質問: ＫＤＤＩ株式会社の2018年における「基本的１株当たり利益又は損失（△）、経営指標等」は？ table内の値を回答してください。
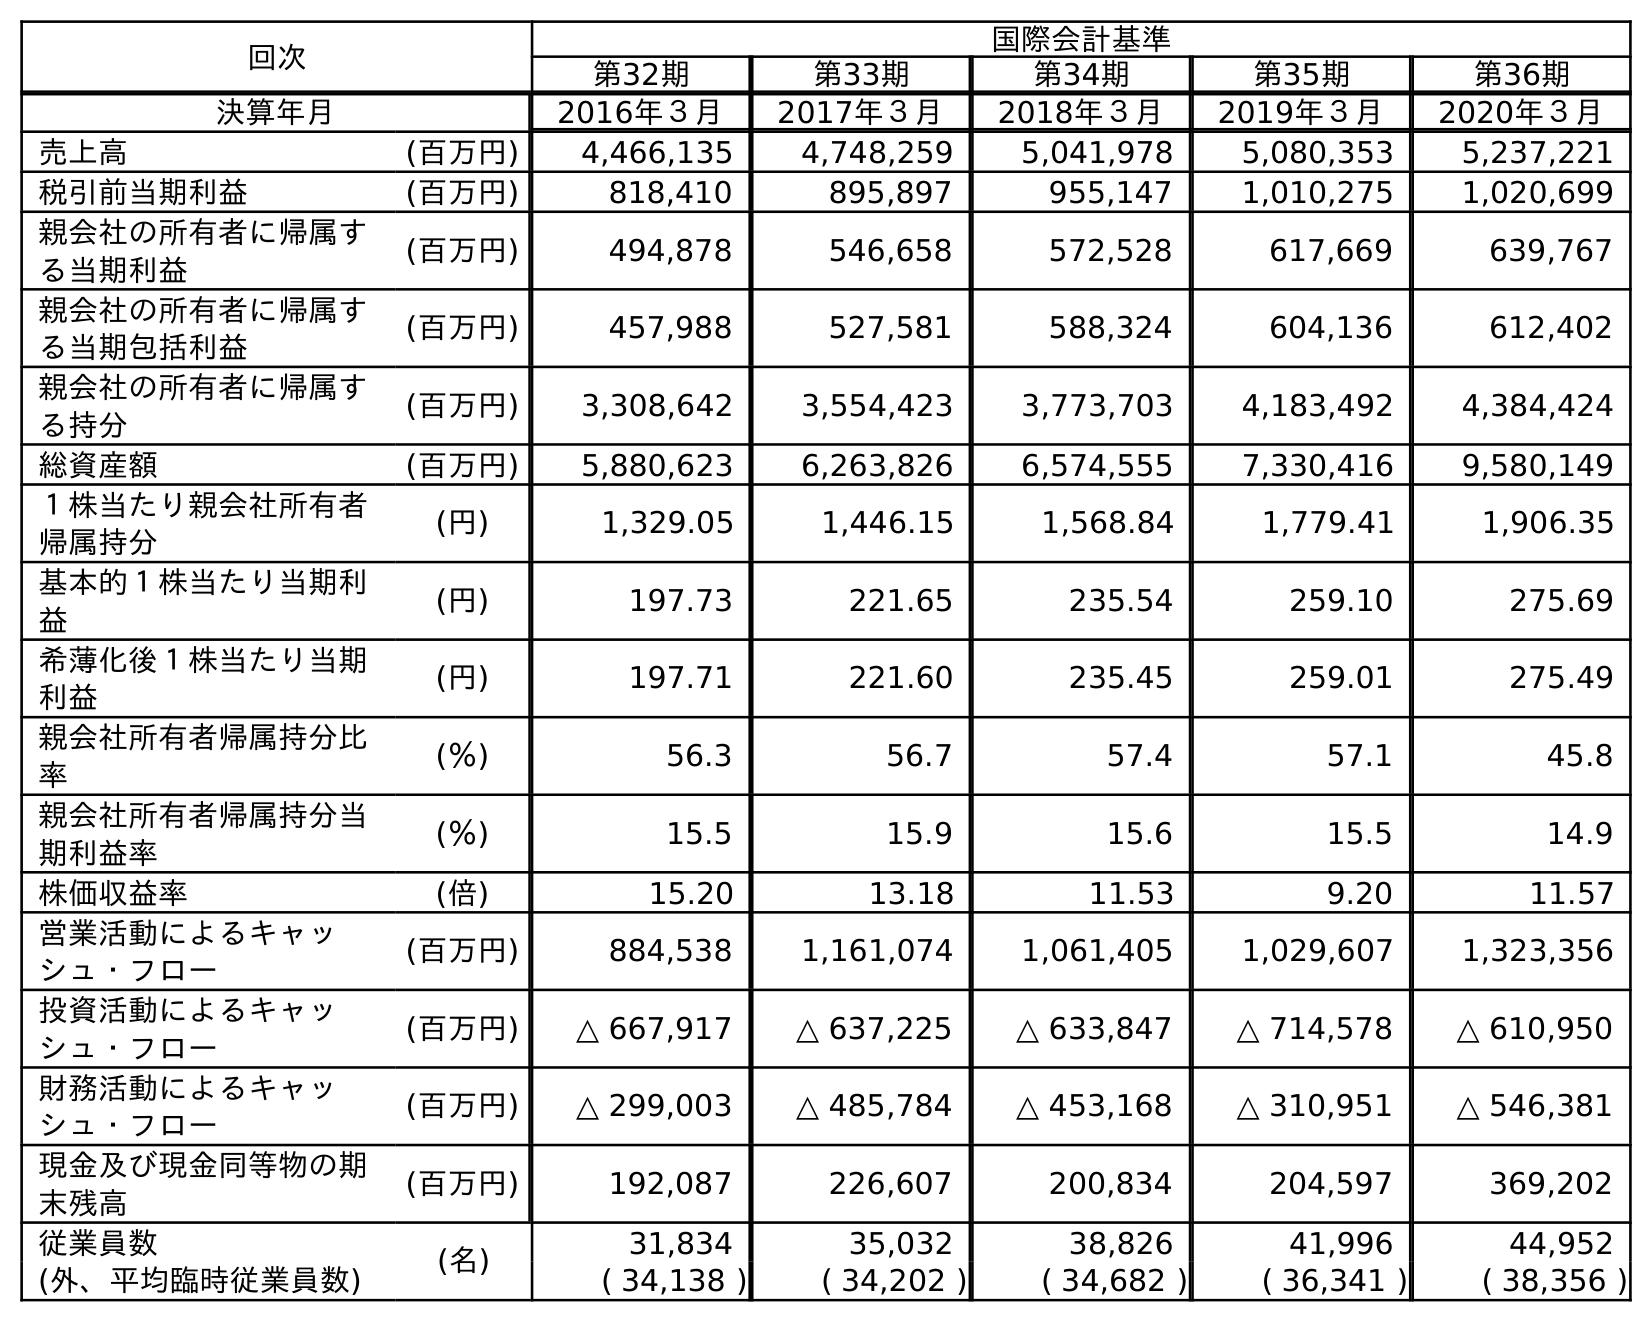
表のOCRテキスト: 回次 国際会計基準 第32期 第33期 第34期 第35期 第36期 決算年月 2016年３月 2017年３月 2018年３月 2019年３月 2020年３月 売上高 (百万円) 4,466,135 4,748,259 5,041,978 5,080,353 5,237,221 税引前当期利益 (百万円) 818,410 895,897 955,147 1,010,275 1,020,699 親会社の所有者に帰属す る当期利益 (百万円) 494,878 546,658 572,528 617,669 639,767 親会社の所有者に帰属す る当期包括利益 (百万円) 457,988 527,581 588,324 604,136 612,402 親会社の所有者に帰属す る持分 (百万円) 3,308,642 3,554,423 3,773,703 4,183,492 4,384,424 総資産額 (百万円) 5,880,623 6,263,826 6,574,555 7,330,416 9,580,149 １株当たり親会社所有者 帰属持分 (円) 1,329.05 1,446.15 1,568.84 1,779.41 1,906.35 基本的１株当たり当期利 益 (円) 197.73 221.65 235.54 259.10 275.69 希薄化後１株当たり当期 利益 (円) 197.71 221.60 235.45 259.01 275.49 親会社所有者帰属持分比 率 (％) 56.3 56.7 57.4 57.1 45.8 親会社所有者帰属持分当 期利益率 (％) 15.5 15.9 15.6 15.5 14.9 株価収益率 (倍) 15.20 13.18 11.53 9.20 11.57 営業活動によるキャッ シュ・フロー (百万円) 884,538 1,161,074 1,061,405 1,029,607 1,323,356 投資活動によるキャッ シュ・フロー (百万円) △ 667,917 △ 637,225 △ 633,847 △ 714,578 △ 610,950 財務活動によるキャッ シュ・フロー (百万円) △ 299,003 △ 485,784 △ 453,168 △ 310,951 △ 546,381 現金及び現金同等物の期 末残高 (百万円) 192,087 226,607 200,834 204,597 369,202 従業員数 (名) 31,834 35,032 38,826 41,996 44,952 (外、平均臨時従業員数) ( 34,138 ) ( 34,202 ) ( 34,682 ) ( 36,341 ) ( 38,356 )
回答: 235.54